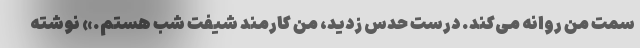
سمت من روانه می‌کند. درست حدس زدید، من کارمند شیفت شب هستم.» نوشته